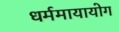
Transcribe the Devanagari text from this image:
धर्ममायायोग